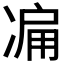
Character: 𠗬